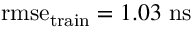
\mathrm { r m s e } _ { \mathrm { t r a i n } } = 1 . 0 3 ~ \mathrm { n s }